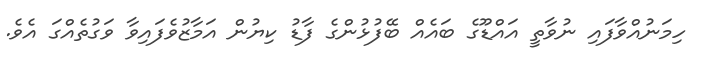
ހިމަނުއްވާފައި ނުވާތީ އައްޑޫގެ ބައެއް ބޭފުޅުންގެ ފާޑު ކިޔުން އަމާޒުވެފައިވާ ވަގުތެއްގަ އެވެ.